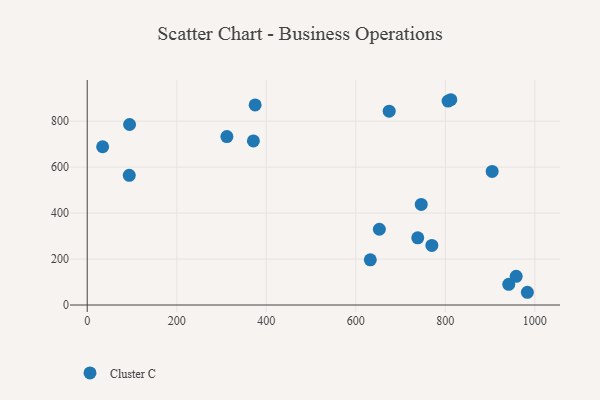
{"axis": {"x": "Distance", "y": "Rating"}, "legend": ["Cluster C"], "data": [{"x": "93.9", "y": 564.2, "type": "Cluster C"}, {"x": "958.3", "y": 125.0, "type": "Cluster C"}, {"x": "34.4", "y": 688.6, "type": "Cluster C"}, {"x": "738.4", "y": 292.2, "type": "Cluster C"}, {"x": "904.6", "y": 581.2, "type": "Cluster C"}, {"x": "941.7", "y": 90.1, "type": "Cluster C"}, {"x": "746.2", "y": 437.8, "type": "Cluster C"}, {"x": "632.4", "y": 196.6, "type": "Cluster C"}, {"x": "983.3", "y": 55.4, "type": "Cluster C"}, {"x": "371.2", "y": 714.0, "type": "Cluster C"}, {"x": "674.6", "y": 843.2, "type": "Cluster C"}, {"x": "94.6", "y": 785.4, "type": "Cluster C"}, {"x": "312.0", "y": 733.0, "type": "Cluster C"}, {"x": "375.1", "y": 870.4, "type": "Cluster C"}, {"x": "769.9", "y": 259.3, "type": "Cluster C"}, {"x": "812.2", "y": 893.2, "type": "Cluster C"}, {"x": "652.6", "y": 329.6, "type": "Cluster C"}, {"x": "806.1", "y": 887.4, "type": "Cluster C"}]}